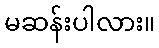
မဆန်းပါလား။